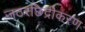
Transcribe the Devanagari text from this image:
जठरछिद्रीकरण